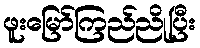
ဖူးမြော်ကြည်ညိုပြီး